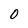
Character: 0